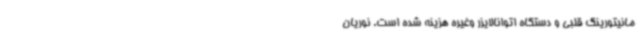
مانیتورینگ قلبی و دستگاه اتوانالایزر وغیره هزینه شده است. نوریان